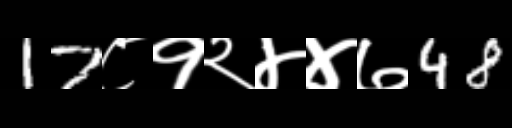
Text: 17८१२४४७48